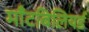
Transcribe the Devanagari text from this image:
माँटबिलियर्ड